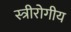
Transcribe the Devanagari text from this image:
स्त्रीरोगीय